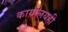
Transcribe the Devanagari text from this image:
कार्यालयही